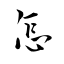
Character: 怎